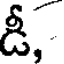
డీ,